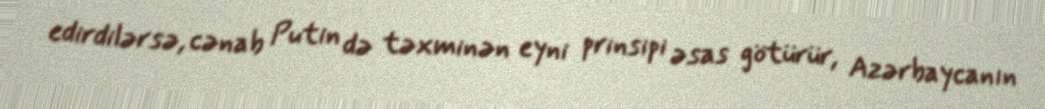
edirdilərsə, cənab Putin də təxminən eyni prinsipi əsas götürür, Azərbaycanın